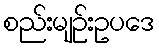
စည်းမျဉ်းဥပဒေ